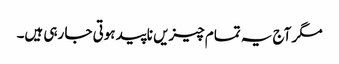
مگر آج یہ تمام چیزیں ناپید ہوتی جا رہی ہیں۔